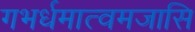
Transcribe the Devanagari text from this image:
गभर्धमात्वमजासि